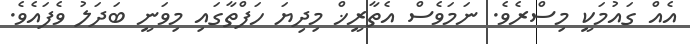
އެއް ގައުމަކީ މިސްރެވެ. ނަމަވެސް އެތާރީޚް މިދިޔަ ހަފްތާގައި މިވަނީ ބަދަލު ވެފައެވެ.